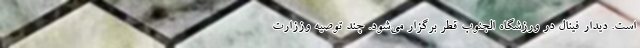
است. دیدار فینال در ورزشگاه الجنوب قطر برگزار می‌شود. چند توصیه وززارت